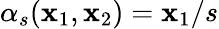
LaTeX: \alpha_{s}(\mathbf{x}_{1},\mathbf{x}_{2})=\mathbf{x}_{1}/s